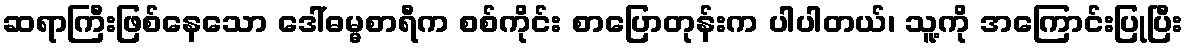
ဆရာကြီးဖြစ်နေသော ဒေါ်ဓမ္မစာရီက စစ်ကိုင်း စာပြောတုန်းက ပါပါတယ်၊ သူ့ကို အကြောင်းပြုပြီး